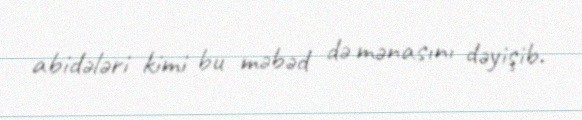
abidələri kimi bu məbəd də mənasını dəyişib.